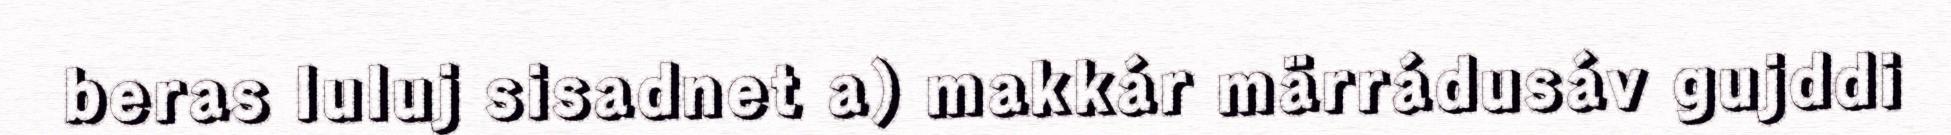
beras luluj sisadnet a) makkár märrádusáv gujddi